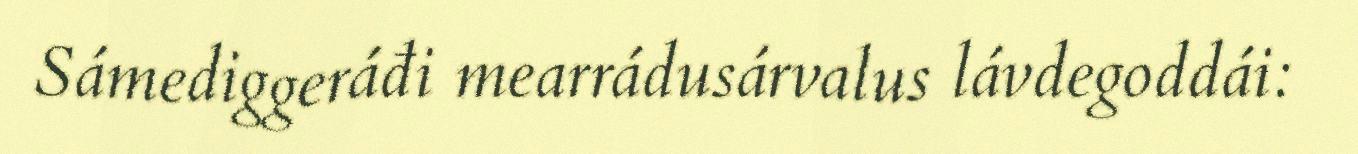
Sámediggeráđi mearrádusárvalus lávdegoddái: